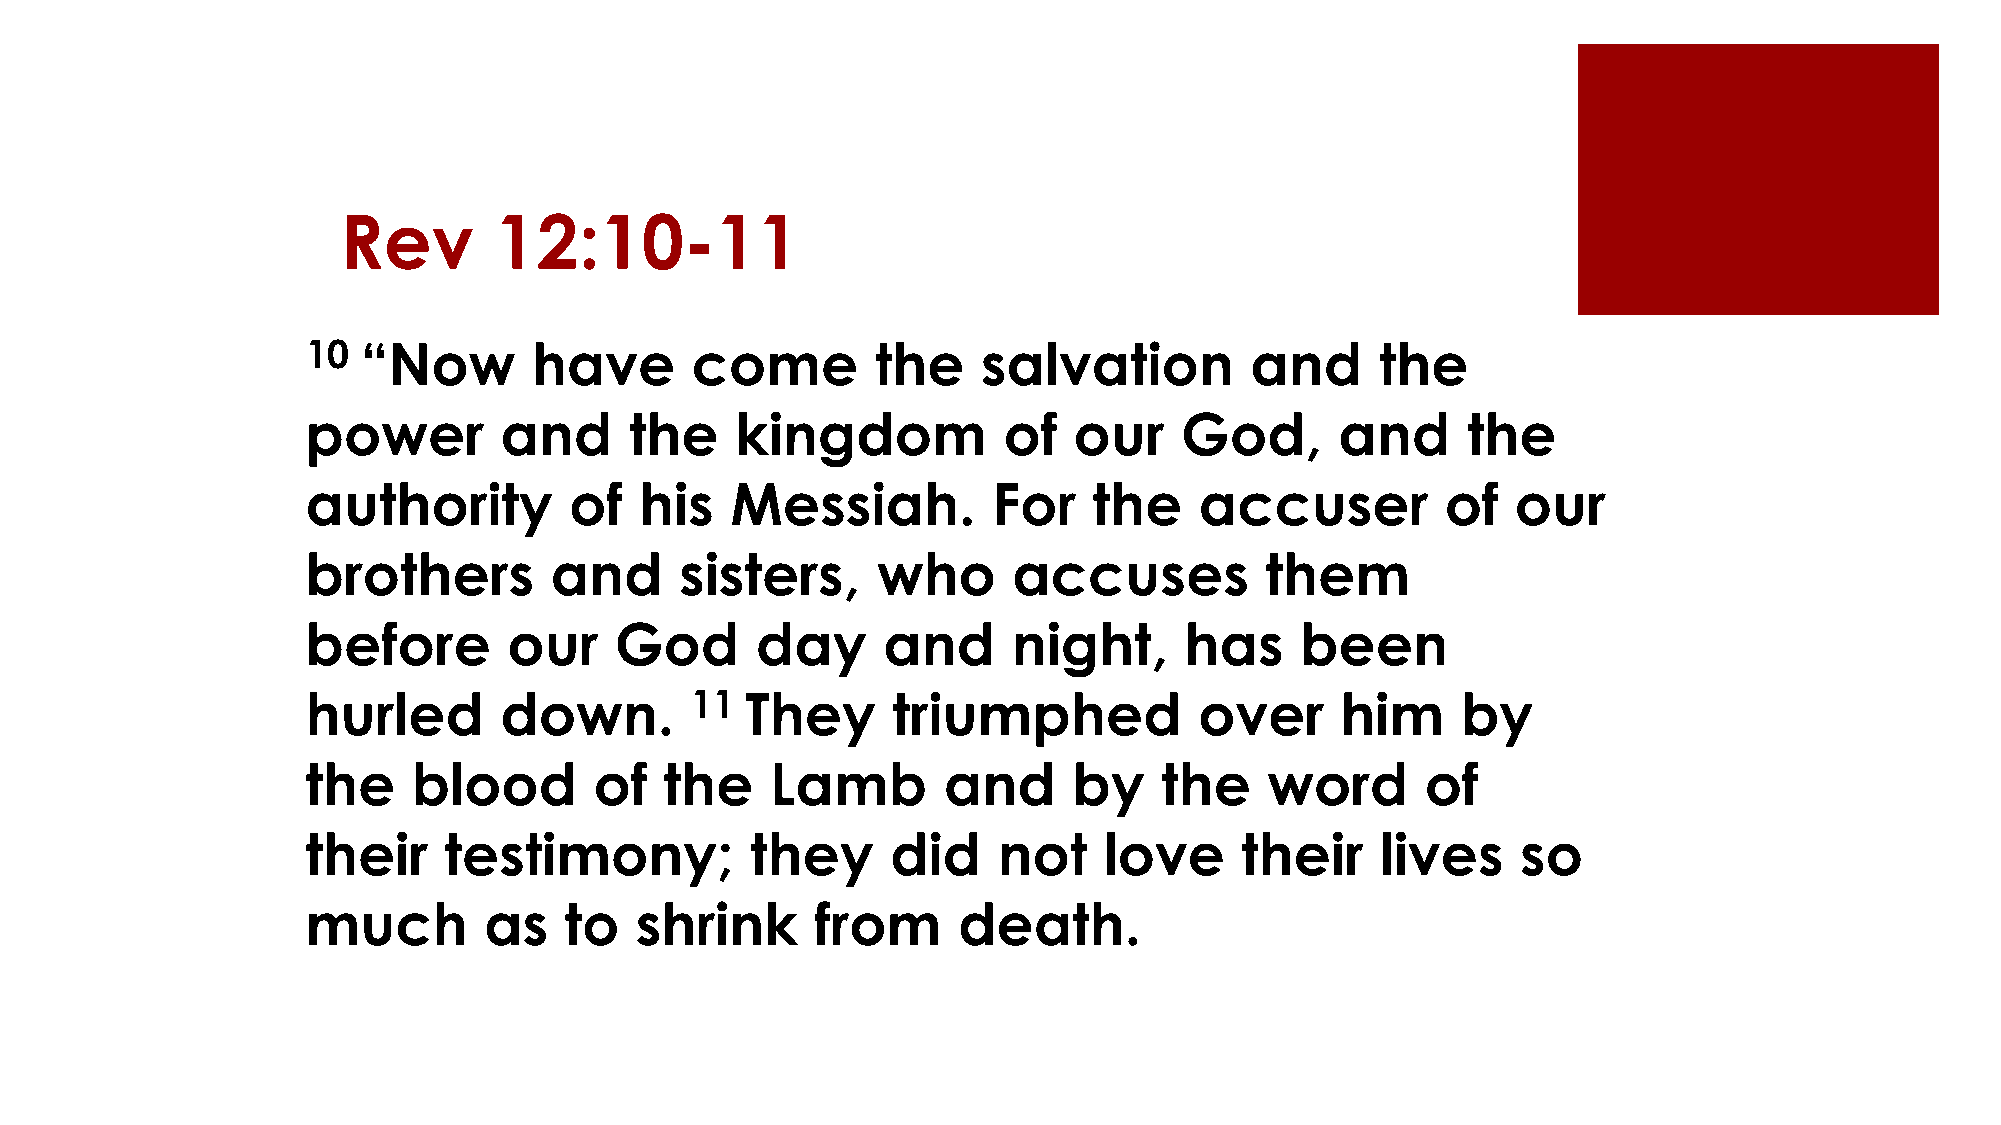
Rev       12:10-11
 10  “Now       have       come        the    salvation         and     the
 power        and      the    kingdom          of   our    God,       and     the
 authority         of  his   Messiah.          For   the    accuser          of  our
 brothers        and      sisters,     who      accuses          them
 before        our    God      day     and      night,     has     been
 hurled       down.        11 They      triumphed           over      him     by
 the    blood       of   the    Lamb       and      by    the    word      of
 their    testimony;           they     did    not    love     their    lives     so
 much        as   to   shrink      from     death.